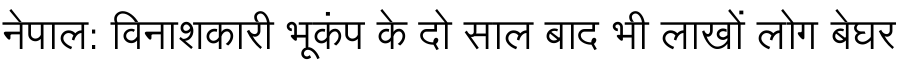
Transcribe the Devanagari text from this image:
नेपाल: विनाशकारी भूकंप के दो साल बाद भी लाखों लोग बेघर